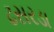
ઢસરડા